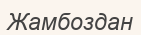
Жамбоздан